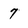
Character: 7